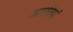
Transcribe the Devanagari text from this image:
आरतियां